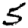
Digit: 5